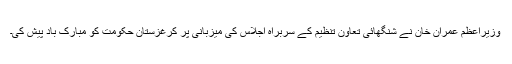
وزیراعظم عمران خان نے شنگھائی تعاون تنظیم کے سربراہ اجلاس کی میزبانی پر کرغزستان حکومت کو مبارک باد پیش کی۔